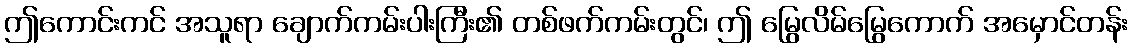
ဤကောင်းကင် အသူရာ ချောက်ကမ်းပါးကြီး၏ တစ်ဖက်ကမ်းတွင်၊ ဤ မြွေလိမ်မြွေကောက် အမှောင်တန်း